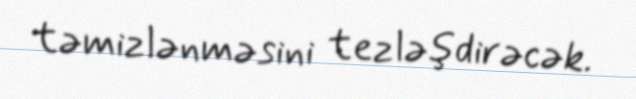
təmizlənməsini tezləşdirəcək.